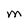
Character: M